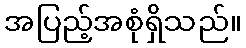
အပြည့်အစုံရှိသည်။